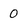
Character: 0